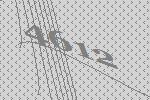
4612